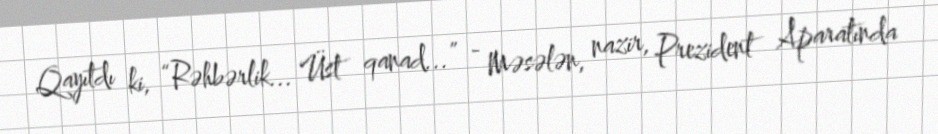
Qayıtdı ki, “Rəhbərlik... Üst qanad...” - Məsələn, nazir, Prezident Aparatında